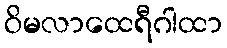
ဝိမလာထေရီဂါထာ